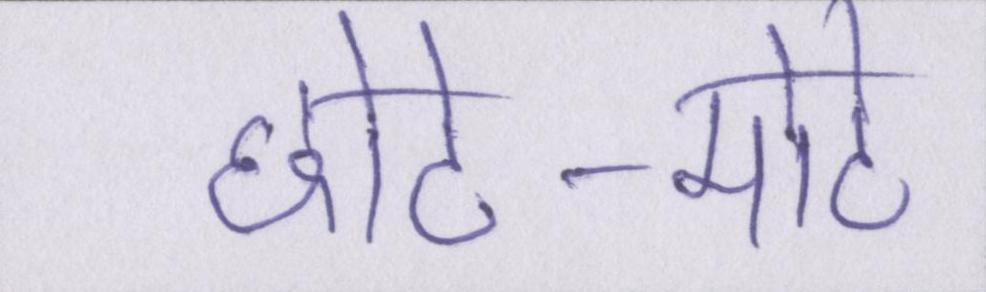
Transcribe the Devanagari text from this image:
छोटे-मोटे